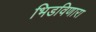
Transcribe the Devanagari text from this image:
भिडविणारा